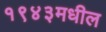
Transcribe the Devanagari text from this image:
१९४३मधील